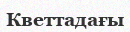
Кветтадағы